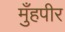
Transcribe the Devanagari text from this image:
मुँहपीर